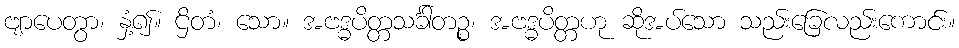
ဗျာပေတွာ၊ နှံ့၍။ ဌိတံ၊ သော။ အဗဒ္ဓပိတ္တသင်္ခါတဉ္စ၊ အဗဒ္ဓပိတ္တဟု ဆိုအပ်သော သည်းခြေလည်းကောင်း။